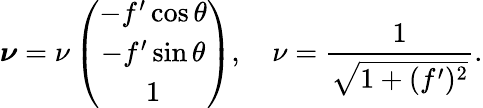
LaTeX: \boldsymbol{\nu}=\nu\left(\begin{array}{c}{-f^{\prime}\cos{\theta}}\\ {-f^{\prime}\sin{\theta}}\\ {1}\end{array}\right),\quad\nu=\displaystyle\frac{1}{\sqrt{1+(f^{\prime})^{2}}}.